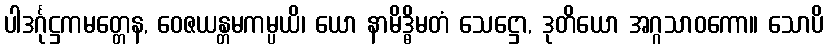
ပါဒင်္ဂုဋ္ဌကမတ္တေန, ဝေဇယန္တမကမ္ပယိ၊ ယော နာမိဒ္ဓိမတံ သေဋ္ဌော, ဒုတိယော အဂ္ဂသာဝကော။ သောပိ